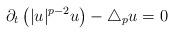
LaTeX: \begin{align*}\partial_t\left(|u|^{p-2}u\right)-\triangle_p u=0\end{align*}